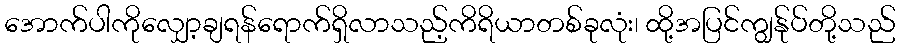
အောက်ပါကိုလျှော့ချရန်ရောက်ရှိလာသည့်ကိရိယာတစ်ခုလုံး၊ ထို့အပြင်ကျွန်ုပ်တို့သည်